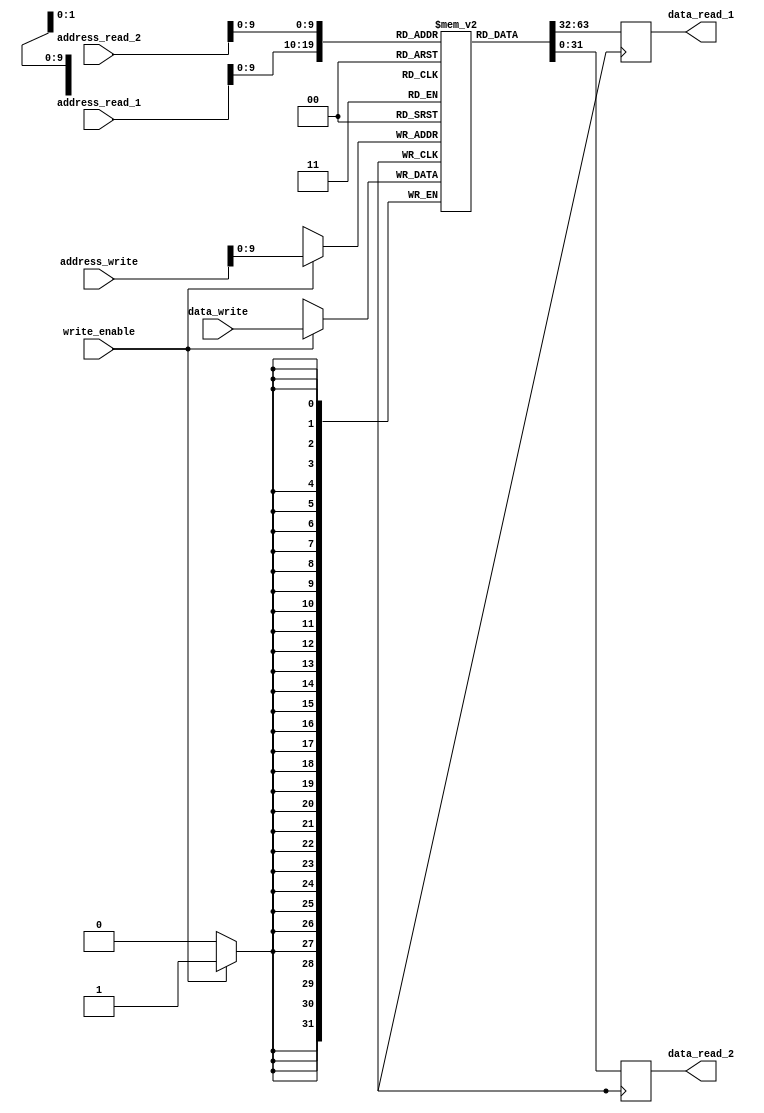
module pipeline_register_file
(
input [31:0] address_write,
input [31:0] data_write,
input write_enable,

input [31:0] address_read_1,
output reg [31:0] data_read_1,

input [31:0] address_read_2,
output reg [31:0] data_read_2
);

reg [31:0] memory [0:1023]; // 1024 blocks of memory, each with 32 bits

always @(posedge clk)
begin
if (write_enable)
    begin
    memory[address_write] <= data_write;
    end
data_read_1 <= memory[address_read_1];
data_read_2 <= memory[address_read_2];
end

endmodule